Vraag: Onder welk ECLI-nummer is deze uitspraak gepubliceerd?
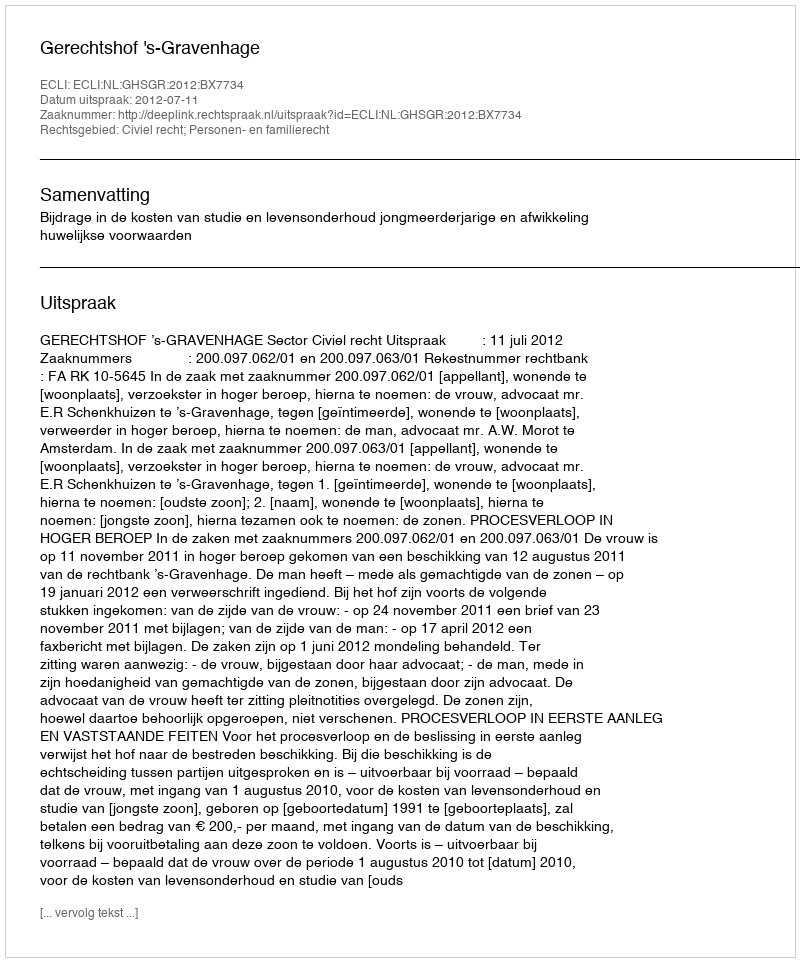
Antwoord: ECLI:NL:GHSGR:2012:BX7734